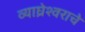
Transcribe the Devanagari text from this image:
व्याघ्रेश्वराचे